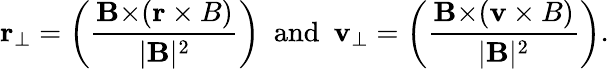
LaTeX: {\mathbf r}_{\perp}=\left({\frac{{\mathbf B\times}({\mathbf r\times B})}{|{\mathbf B}|^{2}}}\right)\ \ \mathrm{and}\ \ {\mathbf v}_{\perp}=\left({\frac{{\mathbf B\times}({\mathbf v\times B})}{|{\mathbf B}|^{2}}}\right).